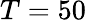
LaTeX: T=50